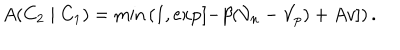
LaTeX: A ( C _ { 2 } \mid C _ { 1 } ) = \min \left( 1 , \exp \left[ - \beta ( \mathcal { V } _ { n } - \mathcal { V } _ { p } ) + A v \right] \right) .